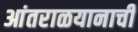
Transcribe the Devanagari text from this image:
आंतराळयानाची